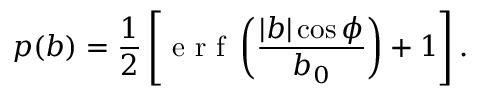
p ( b ) = \frac { 1 } { 2 } \left[ \mathrm { ~ e ~ r ~ f ~ } \left( \frac { | b | \cos \phi } { b _ { 0 } } \right) + 1 \right] .